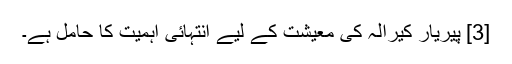
[3] پیریار کیرالہ کی معیشت کے لیے انتہائی اہمیت کا حامل ہے۔